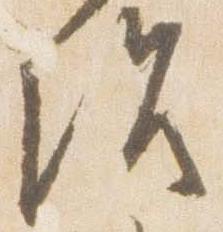
治